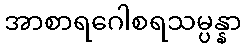
အာစာရဂေါစရသမ္ပန္နာ